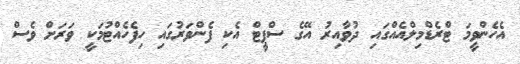
އެހެންވީމަ ޓްރެޑްމިލްއެއްގައި ދުވާއިރު އޭގެ ސްޕީޓް އެކި ފެންވަރުގައި ހިފެހެއްޓުމަކީ ވަރަށް ވެސް